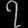
Digit: ၇